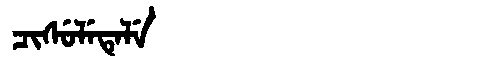
Manchu: ᠴᡳᠰᡠᠯᡝᡨᡝᠯᡝ
Romanization: CISULETELE